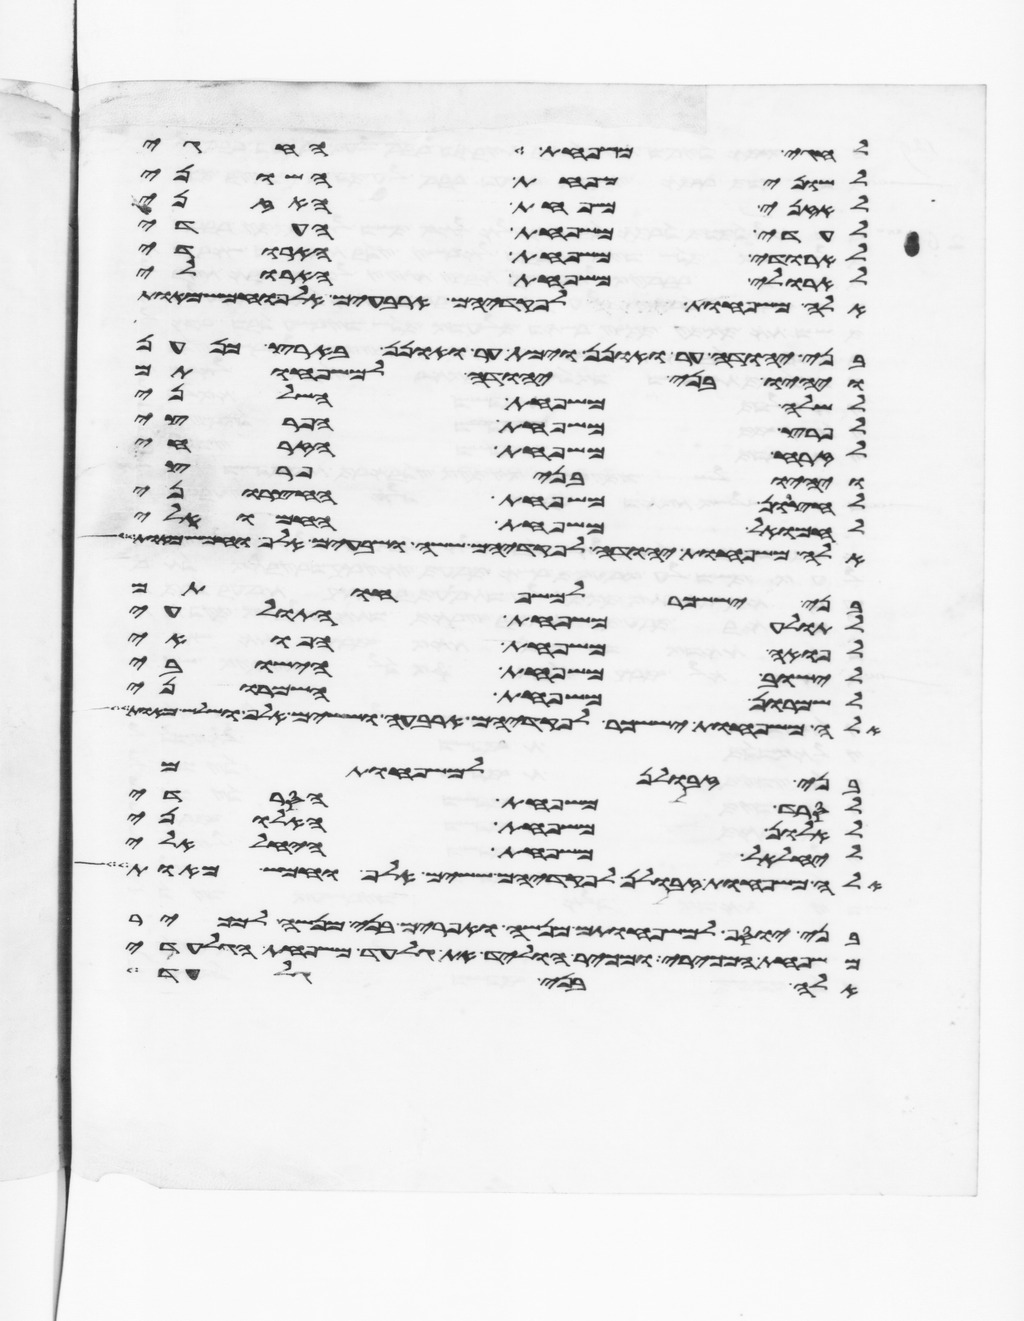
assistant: לחגי משפחת החגי
לשוני משפחת השוני
לאזני משפחת האזני
לעדי משפחת העדי
לארודי משפחת הארודי
לארולי משפחת הארולי
אלה משפחות גד לפקדיהם ארבעים אלף וחמש מאות
בני יהודה ער ואונן וימת ער ואונן בארץ כנען
ויהיו בני יהודה למשפחותם
לשלה משפחת השלני
לפרץ משפחת הפריצי
לזרח משפחת הזרחי
ויהיו בני פרץ
לחצרון משפחת החצרוני
לחמואל משפחת החמואלי
אלה משפחות יהודה לפקדיהם ששה ושבעים אלף וחמש מאות
בני יששכר למשפחותם
לתולע משפחת התולעי
לפואה משפחת הפואי
לישוב משפחת הישובי
לשמרון משפחת השמרוני
אלה משפחות יששכר לפקדיהם ארבעה וששים אלף ושלש מאות
בני זבולן למשפחותם
לסרד משפחת הסרדי
לאלון משפחת האלוני
ליחלאל משפחת היחלאלי
אלה משפחות זבולן לפקדיהם ששים אלף וחמש מאות
בני יוסף למשפחותם מנשה ואפרים בני מנשה למכיר
משפחת המכירי ומכיר הוליד את גלעד משפחת הגלעדי
אלה בני גלעד